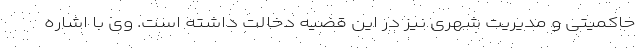
حاکمیتی و مدیریت شهری نیز در این قضیه دخالت داشته است. وی با اشاره